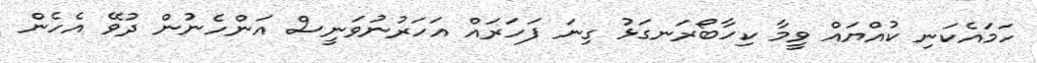
ހަމައެކަނި ކުއްޔައް ވީމާ ކިހާބޯރަނގަޅު ގިނަ ފަހަރައް އަހަރުނުވަނީސް އަންހެނުން ދުވޭ އެހެން